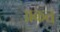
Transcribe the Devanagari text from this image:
अकत